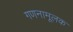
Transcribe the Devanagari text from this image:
गणनामूलक